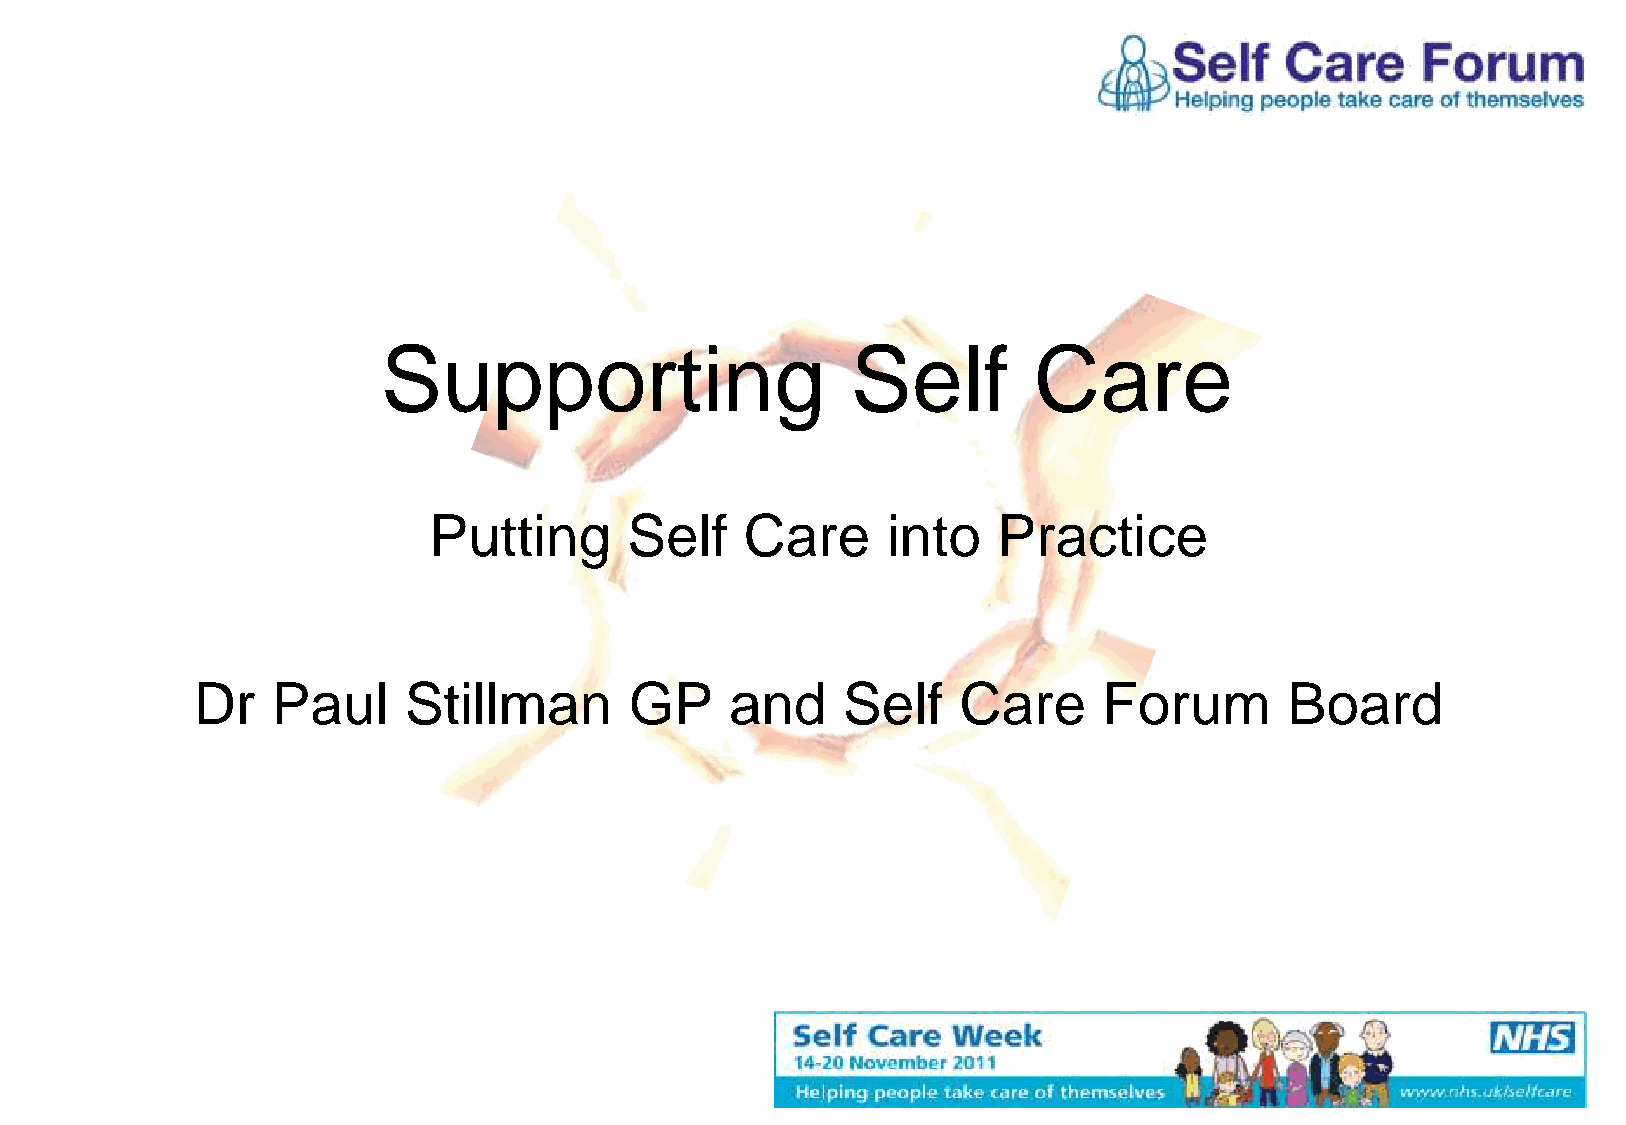
Supporting                     Self        Care
 Putting      Self    Care      into   Practice
 Dr   Paul     Stillman       GP    and     Self   Care      Forum       Board